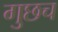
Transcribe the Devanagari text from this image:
गुछच